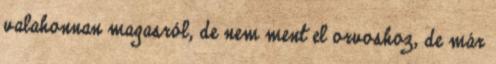
valahonnan magasról, de nem ment el orvoshoz, de már